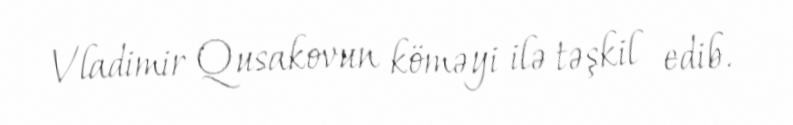
Vladimir Qusakovun köməyi ilə təşkil edib.